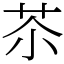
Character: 苶